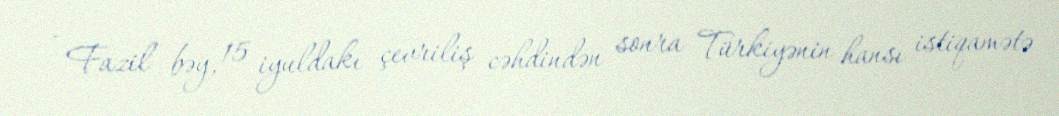
- Fazil bəy, 15 iyuldakı çevriliş cəhdindən sonra Türkiyənin hansı istiqamətə